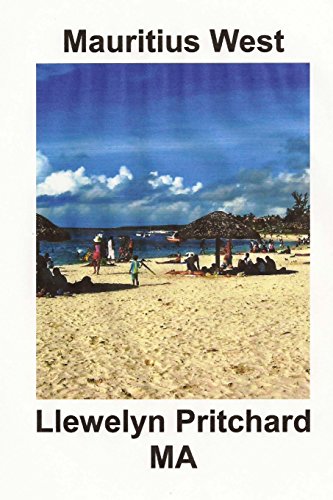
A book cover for Mauritius West: : Souvenir Bilduma bat Argazki Koloretan epigrafeekin (Argazki Albumak) (Volume 8) (Basa Edition); Llewelyn Pritchard MA; Travel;